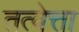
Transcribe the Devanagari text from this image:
तत्वेत्ता